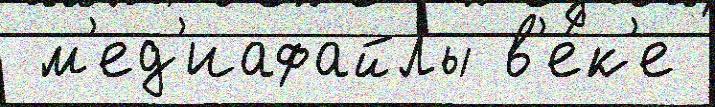
 м'ед'иафайлы в'е́к'е